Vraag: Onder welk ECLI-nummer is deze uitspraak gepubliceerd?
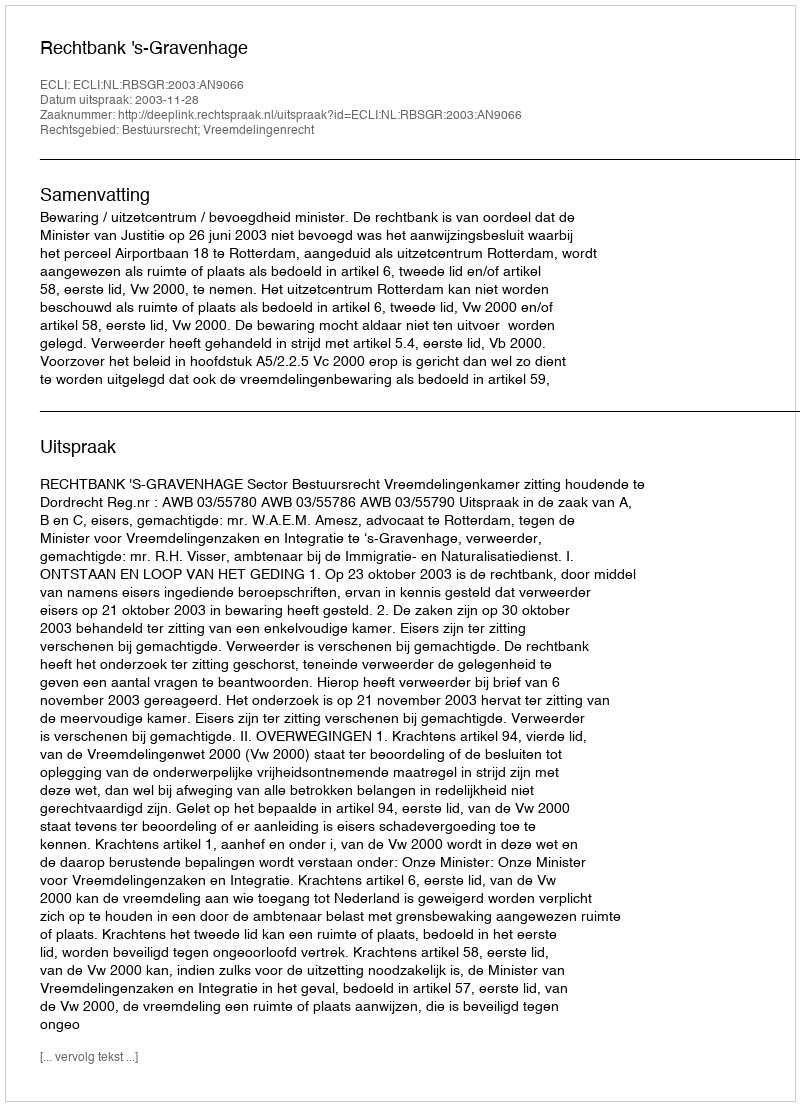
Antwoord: ECLI:NL:RBSGR:2003:AN9066